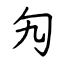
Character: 勼